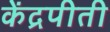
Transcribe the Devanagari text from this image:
केंद्रपीती